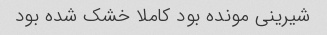
شیرینی مونده بود کاملا خشک شده بود